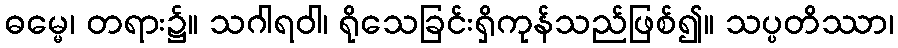
ဓမ္မေ၊ တရား၌။ သဂါရဝါ၊ ရိုသေခြင်းရှိကုန်သည်ဖြစ်၍။ သပ္ပတိဿာ၊